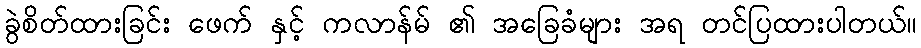
ခွဲစိတ်ထားခြင်း ဖေက် နှင့် ကလာန်မ် ၏ အခြေခံများ အရ တင်ပြထားပါတယ်။